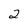
Character: 2